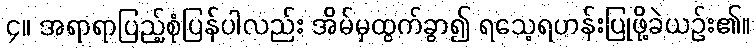
၄။ အရာရာပြည့်စုံပြန်ပါလည်း အိမ်မှထွက်ခွာ၍ ရသေ့ရဟန်းပြုဖို့ခဲယဉ်း၏။